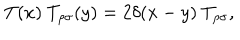
T ( x ) ~ T _ { \rho \sigma } ( y ) = 2 \delta ( x - y ) ~ T _ { \rho \sigma } ,